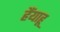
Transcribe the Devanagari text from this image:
हैंयाहू